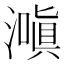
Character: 𬉌